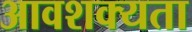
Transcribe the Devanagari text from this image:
आवशक्यता